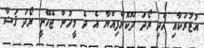
އުޒުރަކާއި ހެދި ރޯދަ ދޫކޮށްފިއްޔާ އެ ދެ މީހުން ޖެހޭނީ ރޯދަ ޤަޟާ